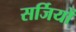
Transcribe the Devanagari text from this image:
सर्जियों